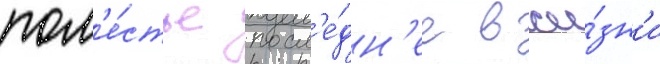
пом'е́стье посл'е́дн'ее в жи́зн'и